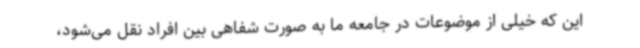
این که خیلی از موضوعات در جامعه ما به صورت شفاهی بین افراد نقل می‌شود،